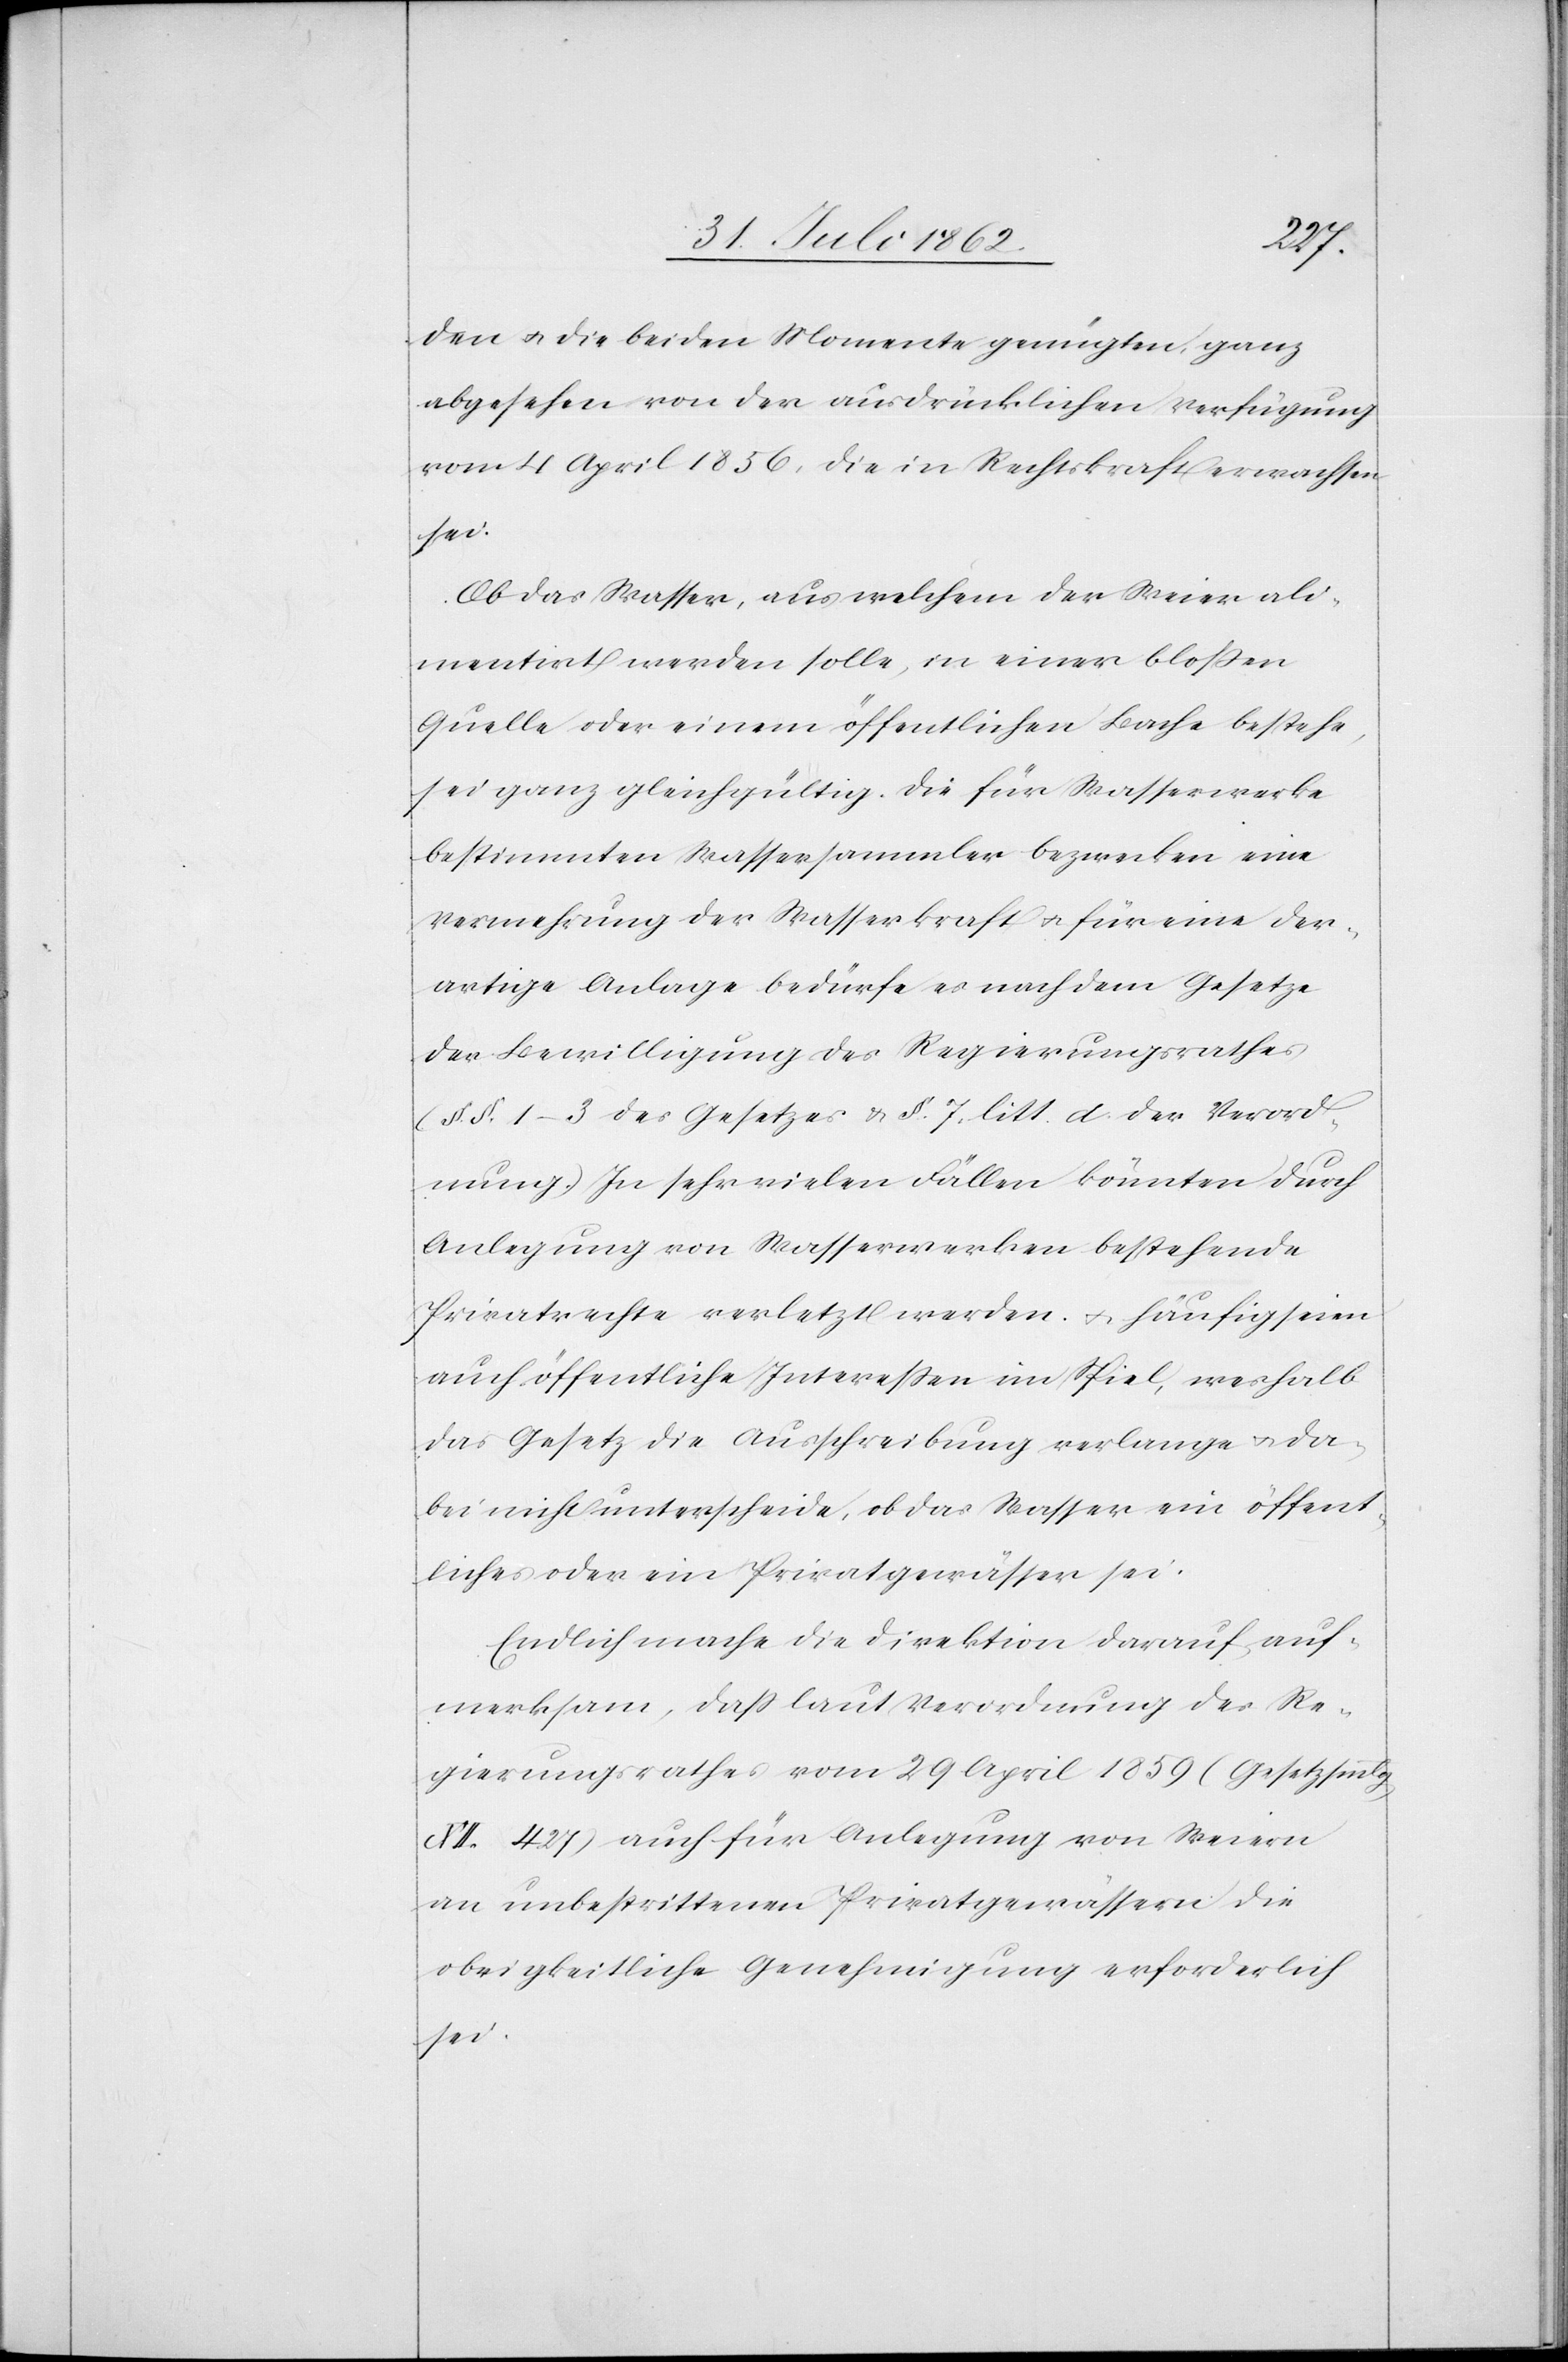
den u. die beiden Momente genügten, ganz
abgesehen von der ausdrücklichen Verfügung
vom 4. April 1856, die in Rechtskraft erwachsen
sei.
Ob das Wasser, aus welchem der Weier ali¬
mentirt werden solle, in einer bloßen
Quelle oder einem öffentlichen Bache bestehe,
sei ganz gleichgültig. Die für Wasserwerke
bestimmten Wassersammler bezwecken eine
Vermehrung der Wasserkraft u. für eine der¬
artige Anlage bedürfe es nach dem Gesetze
der Bewilligung des Regierungsrathes
(§§. 1–3 des Gesetzes u. §. 7 litt. d der Verord¬
nung.) In sehr vielen Fällen könnten durch
Anlegung von Wasserwerken bestehende
Privatrechte verletzt werden u. häufig seien
auch öffentliche Interessen im Spiel, weshalb
das Gesetz die Ausschreibung verlange u. da¬
bei nicht unterscheide, ob das Wasser ein öffent¬
liches oder ein Privatgewässer sei.
Endlich mache die Direktion darauf auf¬
merksam, daß laut Verordnung des Re¬
gierungsrathes vom 29. April 1859 (Gesetzsmmlg.
XII 427) auch für Anlegung von Weiern
an unbestrittenen Privatgewässern die
obrigkeitliche Genehmigung erforderlich
sei.